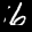
Label: 6